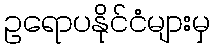
ဥရောပနိုင်ငံများမှ